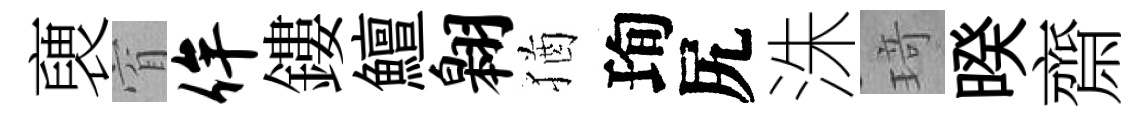
褏窅侔鏤鱣翱猶珣尻洙𤦺暌齋